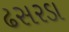
ઢસરડા